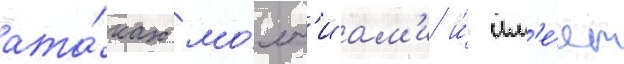
ата́ках мо́лн'иам'и и́ им'е́ет